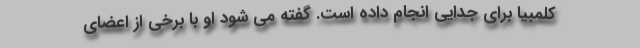
کلمبیا برای جدایی انجام داده است. گفته می شود او با برخی از اعضای